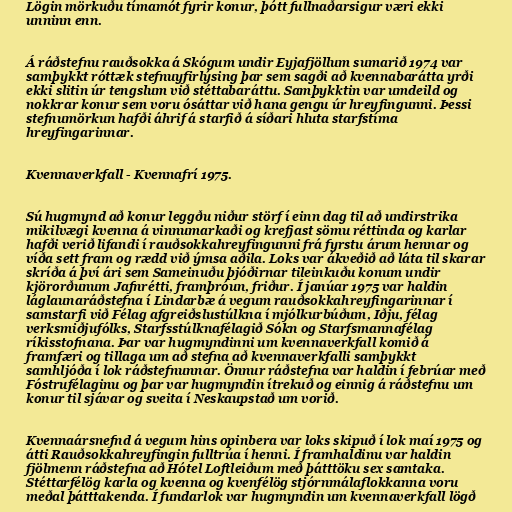
Lögin mörkuðu tímamót fyrir konur, þótt fullnaðarsigur væri ekki
unninn enn.

Á ráðstefnu rauðsokka á Skógum undir Eyjafjöllum sumarið 1974 var
samþykkt róttæk stefnuyfirlýsing þar sem sagði að kvennabarátta yrði
ekki slitin úr tengslum við stéttabaráttu. Samþykktin var umdeild og
nokkrar konur sem voru ósáttar við hana gengu úr hreyfingunni. Þessi
stefnumörkun hafði áhrif á starfið á síðari hluta starfstíma
hreyfingarinnar.

Kvennaverkfall - Kvennafrí 1975.

Sú hugmynd að konur leggðu niður störf í einn dag til að undirstrika
mikilvægi kvenna á vinnumarkaði og krefjast sömu réttinda og karlar
hafði verið lifandi í rauðsokkahreyfingunni frá fyrstu árum hennar og
víða sett fram og rædd við ýmsa aðila. Loks var ákveðið að láta til skarar
skríða á því ári sem Sameinuðu þjóðirnar tileinkuðu konum undir
kjörorðunum Jafnrétti, framþróun, friður. Í janúar 1975 var haldin
láglaunaráðstefna í Lindarbæ á vegum rauðsokkahreyfingarinnar í
samstarfi við Félag afgreiðslustúlkna í mjólkurbúðum, Iðju, félag
verksmiðjufólks, Starfsstúlknafélagið Sókn og Starfsmannafélag
ríkisstofnana. Þar var hugmyndinni um kvennaverkfall komið á
framfæri og tillaga um að stefna að kvennaverkfalli samþykkt
samhljóða í lok ráðstefnunnar. Önnur ráðstefna var haldin í febrúar með
Fóstrufélaginu og þar var hugmyndin ítrekuð og einnig á ráðstefnu um
konur til sjávar og sveita í Neskaupstað um vorið.

Kvennaársnefnd á vegum hins opinbera var loks skipuð í lok maí 1975 og
átti Rauðsokkahreyfingin fulltrúa í henni. Í framhaldinu var haldin
fjölmenn ráðstefna að Hótel Loftleiðum með þátttöku sex samtaka.
Stéttarfélög karla og kvenna og kvenfélög stjórnmálaflokkanna voru
meðal þátttakenda. Í fundarlok var hugmyndin um kvennaverkfall lögð